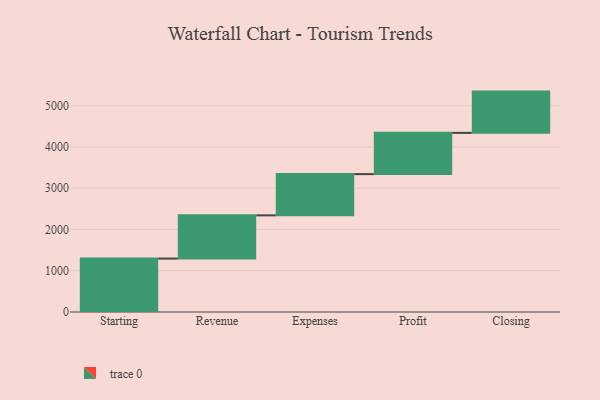
{"axis": {"x": "Step", "y": "Value"}, "legend": [""], "data": [{"x": "Starting", "y": 1295.0, "type": ""}, {"x": "Revenue", "y": 1047.0, "type": ""}, {"x": "Expenses", "y": 1000, "type": ""}, {"x": "Profit", "y": 1000, "type": ""}, {"x": "Closing", "y": 1000, "type": ""}]}